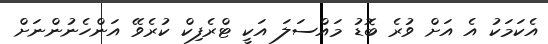
އެކަމަކު އެ އަށް ވުރެ ބޮޑު މައްސަލަ އަކީ ޓްރެފިކް ކުރެވޭ އަންހެނުންނަށް